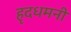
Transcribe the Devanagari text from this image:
हृदधमनी